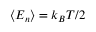
\langle E _ { n } \rangle = k _ { B } T / 2